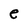
Character: e